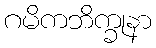
ဂမိကဘိက္ခုနာ